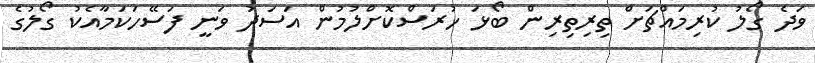
ވަދެ ގޯލު ކުރިމައްޗަށް ތިރިތިރިން ބޯޅަ ހުރަސްކޮށްލުމުން އަސަދު ވަނީ ފަސޭހަކަމާއެކު ގޯލުގެ